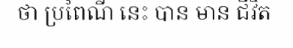
ថា ប្រពៃណី នេះ បាន មាន ជីវិត